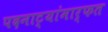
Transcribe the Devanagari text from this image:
पदनाट्यांमार्फत